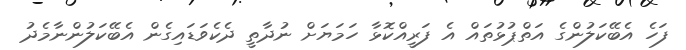
ފަހެ އެބޭކަލުންގެ އަތްޕުޅުތައް އެ ފަރީއްކޮޅާ ހަމަޔަށް ނުދާތީ ދެކެވަޑައިގެން އެބޭކަލުންނާމެދު